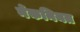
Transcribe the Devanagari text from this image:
नेकनियत